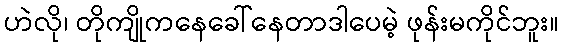
ဟဲလို၊ တိုကျိုကနေခေါ်နေတာဒါပေမဲ့ ဖုန်းမကိုင်ဘူး။